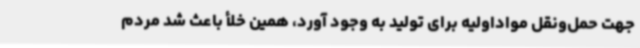
جهت حمل‌ونقل مواداولیه برای تولید به وجود آورد، همین خلأ باعث شد مردم